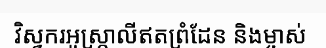
វិស្វករអូស្ត្រាលីឥតព្រំដែន និងម្ចាស់